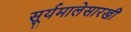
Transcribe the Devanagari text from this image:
सूर्यमालेसारखी